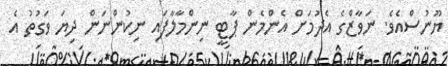
ޔޫނުސްއެވެ. ނަވާޒްގެ އެދުމަށް އެންމެން ޕާޓީ ނިންމާލާފައި ނިކުންނަން ދިޔަ ވަގުތު އެ